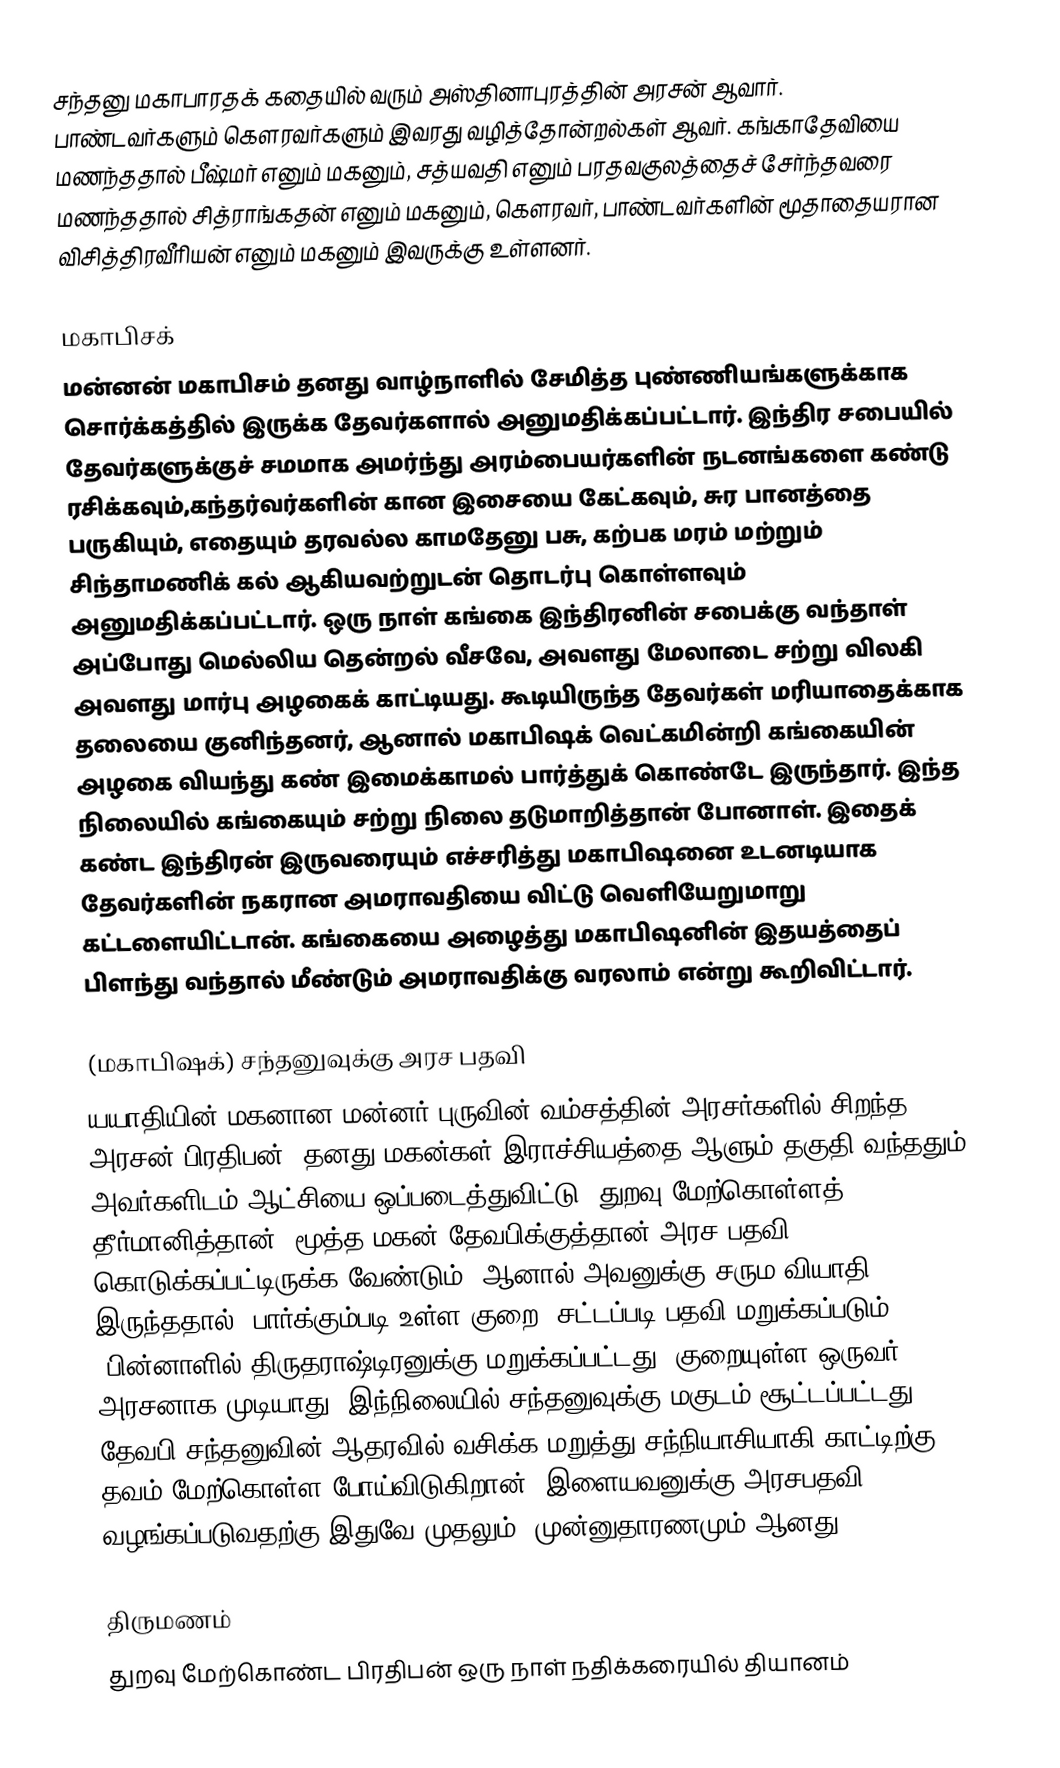
சந்தனு மகாபாரதக் கதையில் வரும் அஸ்தினாபுரத்தின் அரசன் ஆவார். பாண்டவர்களும் கௌரவர்களும் இவரது வழித்தோன்றல்கள் ஆவர். கங்காதேவியை மணந்ததால் பீஷ்மர் எனும் மகனும், சத்யவதி எனும் பரதவகுலத்தைச் சேர்ந்தவரை மணந்ததால் சித்ராங்கதன் எனும் மகனும், கௌரவர், பாண்டவர்களின் மூதாதையரான விசித்திரவீரியன் எனும் மகனும் இவருக்கு உள்ளனர்.

மகாபிசக்
மன்னன் மகாபிசம் தனது வாழ்நாளில் சேமித்த புண்ணியங்களுக்காக சொர்க்கத்தில் இருக்க தேவர்களால் அனுமதிக்கப்பட்டார். இந்திர சபையில் தேவர்களுக்குச் சமமாக அமர்ந்து அரம்பையர்களின் நடனங்களை கண்டு ரசிக்கவும்,கந்தர்வர்களின் கான இசையை கேட்கவும், சுர பானத்தை பருகியும், எதையும் தரவல்ல காமதேனு பசு, கற்பக மரம் மற்றும் சிந்தாமணிக் கல் ஆகியவற்றுடன் தொடர்பு கொள்ளவும் அனுமதிக்கப்பட்டார். ஒரு நாள் கங்கை இந்திரனின் சபைக்கு வந்தாள் அப்போது மெல்லிய தென்றல் வீசவே, அவளது மேலாடை சற்று விலகி அவளது மார்பு அழகைக் காட்டியது. கூடியிருந்த தேவர்கள் மரியாதைக்காக தலையை குனிந்தனர், ஆனால் மகாபிஷக் வெட்கமின்றி கங்கையின் அழகை வியந்து கண் இமைக்காமல் பார்த்துக் கொண்டே இருந்தார். இந்த நிலையில் கங்கையும் சற்று நிலை தடுமாறித்தான் போனாள். இதைக் கண்ட இந்திரன் இருவரையும் எச்சரித்து மகாபிஷனை உடனடியாக தேவர்களின் நகரான அமராவதியை விட்டு வெளியேறுமாறு கட்டளையிட்டான். கங்கையை அழைத்து மகாபிஷனின் இதயத்தைப் பிளந்து வந்தால் மீண்டும் அமராவதிக்கு வரலாம் என்று கூறிவிட்டார்.

(மகாபிஷக்) சந்தனுவுக்கு அரச பதவி
யயாதியின் மகனான மன்னர் புருவின் வம்சத்தின் அரசர்களில் சிறந்த அரசன் பிரதிபன், தனது மகன்கள் இராச்சியத்தை ஆளும் தகுதி வந்ததும் அவர்களிடம் ஆட்சியை ஒப்படைத்துவிட்டு, துறவு மேற்கொள்ளத் தீர்மானித்தான். மூத்த மகன் தேவபிக்குத்தான் அரச பதவி கொடுக்கப்பட்டிருக்க வேண்டும், ஆனால் அவனுக்கு சரும வியாதி இருந்ததால் (பார்க்கும்படி உள்ள குறை) சட்டப்படி பதவி மறுக்கப்படும் (பின்னாளில் திருதராஷ்டிரனுக்கு மறுக்கப்பட்டது) குறையுள்ள ஒருவர் அரசனாக முடியாது. இந்நிலையில் சந்தனுவுக்கு மகுடம் சூட்டப்பட்டது. தேவபி சந்தனுவின் ஆதரவில் வசிக்க மறுத்து சந்நியாசியாகி காட்டிற்கு தவம் மேற்கொள்ள போய்விடுகிறான். இளையவனுக்கு அரசபதவி வழங்கப்படுவதற்கு இதுவே முதலும், முன்னுதாரணமும் ஆனது.

திருமணம்
துறவு மேற்கொண்ட பிரதிபன் ஒரு நாள் நதிக்கரையில் தியானம்